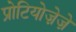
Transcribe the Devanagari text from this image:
प्रोटियोज़ेज़े